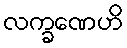
လက္ခဏေဟိ